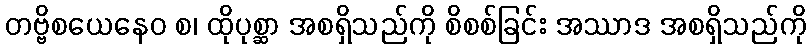
တဗ္ဗိစယေနေဝ စ၊ ထိုပုစ္ဆာ အစရှိသည်ကို စိစစ်ခြင်း အဿာဒ အစရှိသည်ကို